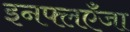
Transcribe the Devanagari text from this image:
इनफ्लएँजा